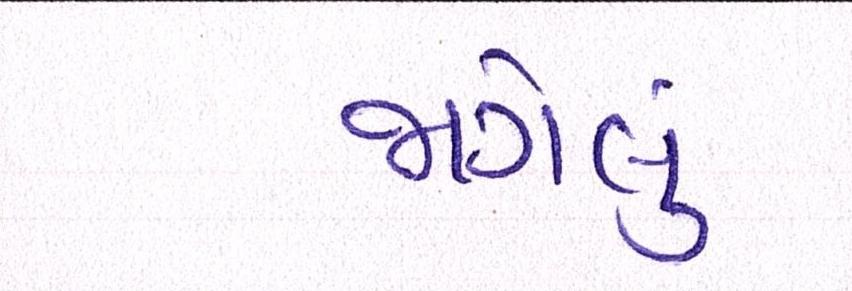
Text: જાગેલું